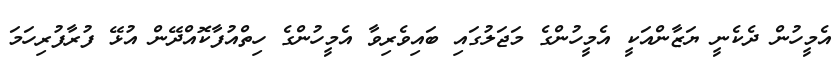
އެމީހުން ދެކެނީ ޔަޒާންއަކީ އެމީހުންގެ މަޖަލުގައި ބައިވެރިވާ އެމީހުންގެ ހިތްއުފާކޮއްދޭން އުޅޭ ފުރާފުރިހަމަ